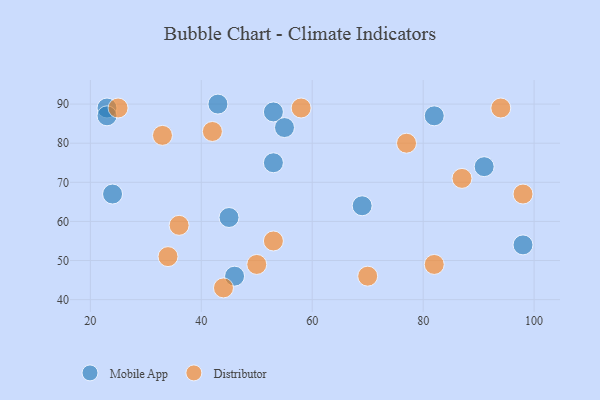
{"axis": {"x": "GDP", "y": "Life Expectancy"}, "legend": ["Distributor", "Mobile App"], "data": [{"x": "53", "y": 88, "type": "Mobile App"}, {"x": "45", "y": 61, "type": "Mobile App"}, {"x": "82", "y": 87, "type": "Mobile App"}, {"x": "69", "y": 64, "type": "Mobile App"}, {"x": "46", "y": 46, "type": "Mobile App"}, {"x": "43", "y": 90, "type": "Mobile App"}, {"x": "23", "y": 89, "type": "Mobile App"}, {"x": "91", "y": 74, "type": "Mobile App"}, {"x": "98", "y": 54, "type": "Mobile App"}, {"x": "53", "y": 75, "type": "Mobile App"}, {"x": "55", "y": 84, "type": "Mobile App"}, {"x": "23", "y": 87, "type": "Mobile App"}, {"x": "24", "y": 67, "type": "Mobile App"}, {"x": "53", "y": 55, "type": "Distributor"}, {"x": "44", "y": 43, "type": "Distributor"}, {"x": "50", "y": 49, "type": "Distributor"}, {"x": "77", "y": 80, "type": "Distributor"}, {"x": "82", "y": 49, "type": "Distributor"}, {"x": "33", "y": 82, "type": "Distributor"}, {"x": "42", "y": 83, "type": "Distributor"}, {"x": "70", "y": 46, "type": "Distributor"}, {"x": "34", "y": 51, "type": "Distributor"}, {"x": "58", "y": 89, "type": "Distributor"}, {"x": "94", "y": 89, "type": "Distributor"}, {"x": "87", "y": 71, "type": "Distributor"}, {"x": "98", "y": 67, "type": "Distributor"}, {"x": "36", "y": 59, "type": "Distributor"}, {"x": "25", "y": 89, "type": "Distributor"}]}